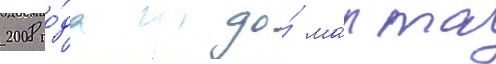
2008 го́да до́ ма́рта